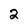
Character: 2